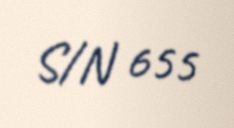
S/N 655